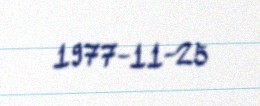
1977-11-25